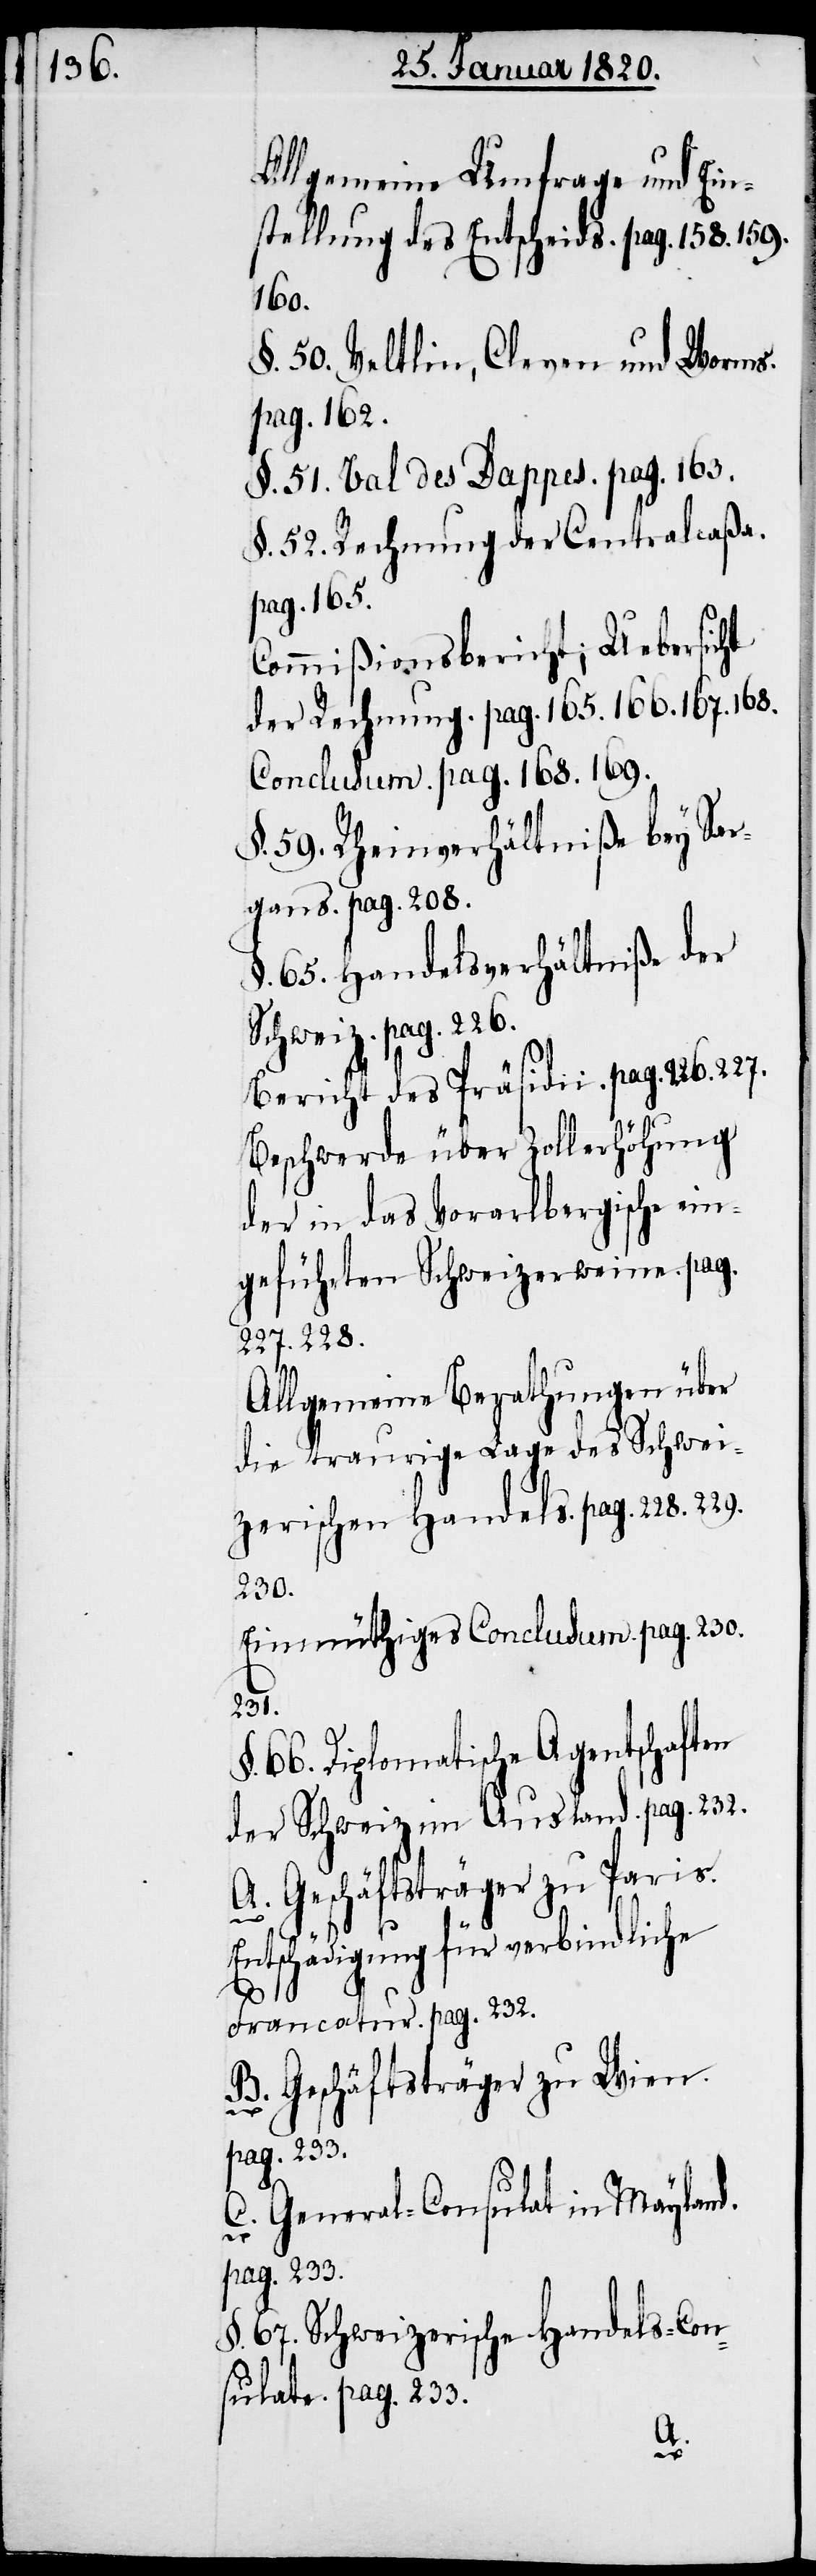
Allgemeine Umfrage und Ein¬
stellung des Entscheids. pag. 158. 159.
160.
§. 50. Veltlin, Cleven und Worms.
pag. 162.
§. 51. Val des Dappes. pag. 163.
§. 52. Rechnung der Centralcaßa.
pag. 165.
Commißionsbericht; Uebersicht
der Rechnung. pag. 165. 166. 167. 168.
Conclusum. pag. 168. 169.
§. 59. Rheinverhältniße bey Sar¬
gans. pag. 208.
§. 65. Handelsverhältniße der
Schweiz. pag. 226.
Bericht des Präsidii. pag. 226.
Beschwerde über Zollerhöhung
der in das Vorarlbergische ein¬
geführten Schweizerweine. pag.
227. 228.
Allgemeine Berathungen über
die traurige Lage des Schwei¬
zerischen Handels. pag. 228. 229.
230.
Einmüthiges Conclusum. pag. 230.
231.
§. 66. Diplomatische Agentschaften
der Schweiz im Ausland. pag. 232.
A. Geschäftsträger zu Paris.
Entschädigung für verbindliche
Francatur. pag. 232.
B. Geschäftsträger zu Wien.
pag. 233.
C. General-Consulat in Mayland.
227.
pag. 233.
§. 67. Schweizerische Handels-Con¬
sulate. pag. 233.